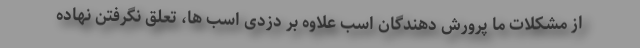
از مشکلات ما پرورش دهندگان اسب علاوه بر دزدی اسب ها، تعلق نگرفتن نهاده